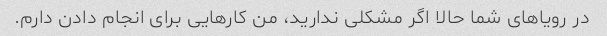
در رویاهای شما حالا اگر مشکلی ندارید، من کارهایی برای انجام دادن دارم.